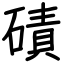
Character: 磧